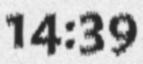
14:39